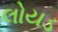
લોયડ